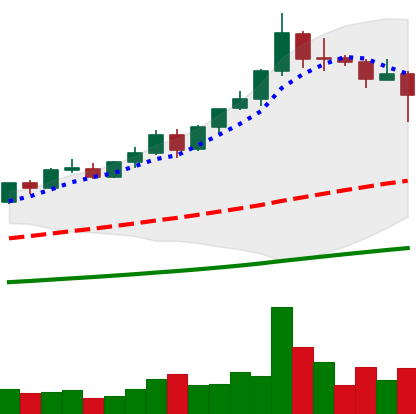
Ticker: BNB-USD
Chart end date: 2021-04-18
Forward return: 9.465%
Label: up_7plus